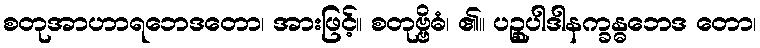
စတုအာဟာရဘေဒတော၊ အားဖြင့်။ စတုဗ္ဗိဓံ၊ ၏။ ပဉ္စုပါဒါနက္ခန္ဓဘေဒ တော၊